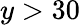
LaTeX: y>30